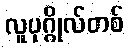
လူပုဂ္ဂိုလ်တစ်